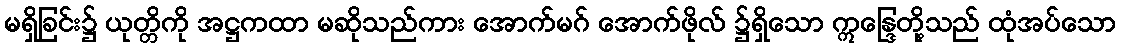
မရှိခြင်း၌ ယုတ္တိကို အဋ္ဌကထာ မဆိုသည်ကား အောက်မဂ် အောက်ဖိုလ် ၌ရှိသော ဣန္ဒြေတို့သည် ထုံအပ်သော